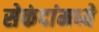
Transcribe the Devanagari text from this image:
सेकंदांमध्ये